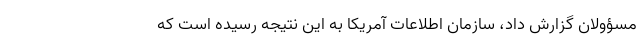
مسؤولان گزارش داد، سازمان اطلاعات آمریکا به این نتیجه رسیده است که